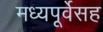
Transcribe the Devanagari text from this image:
मध्यपूर्वेसह